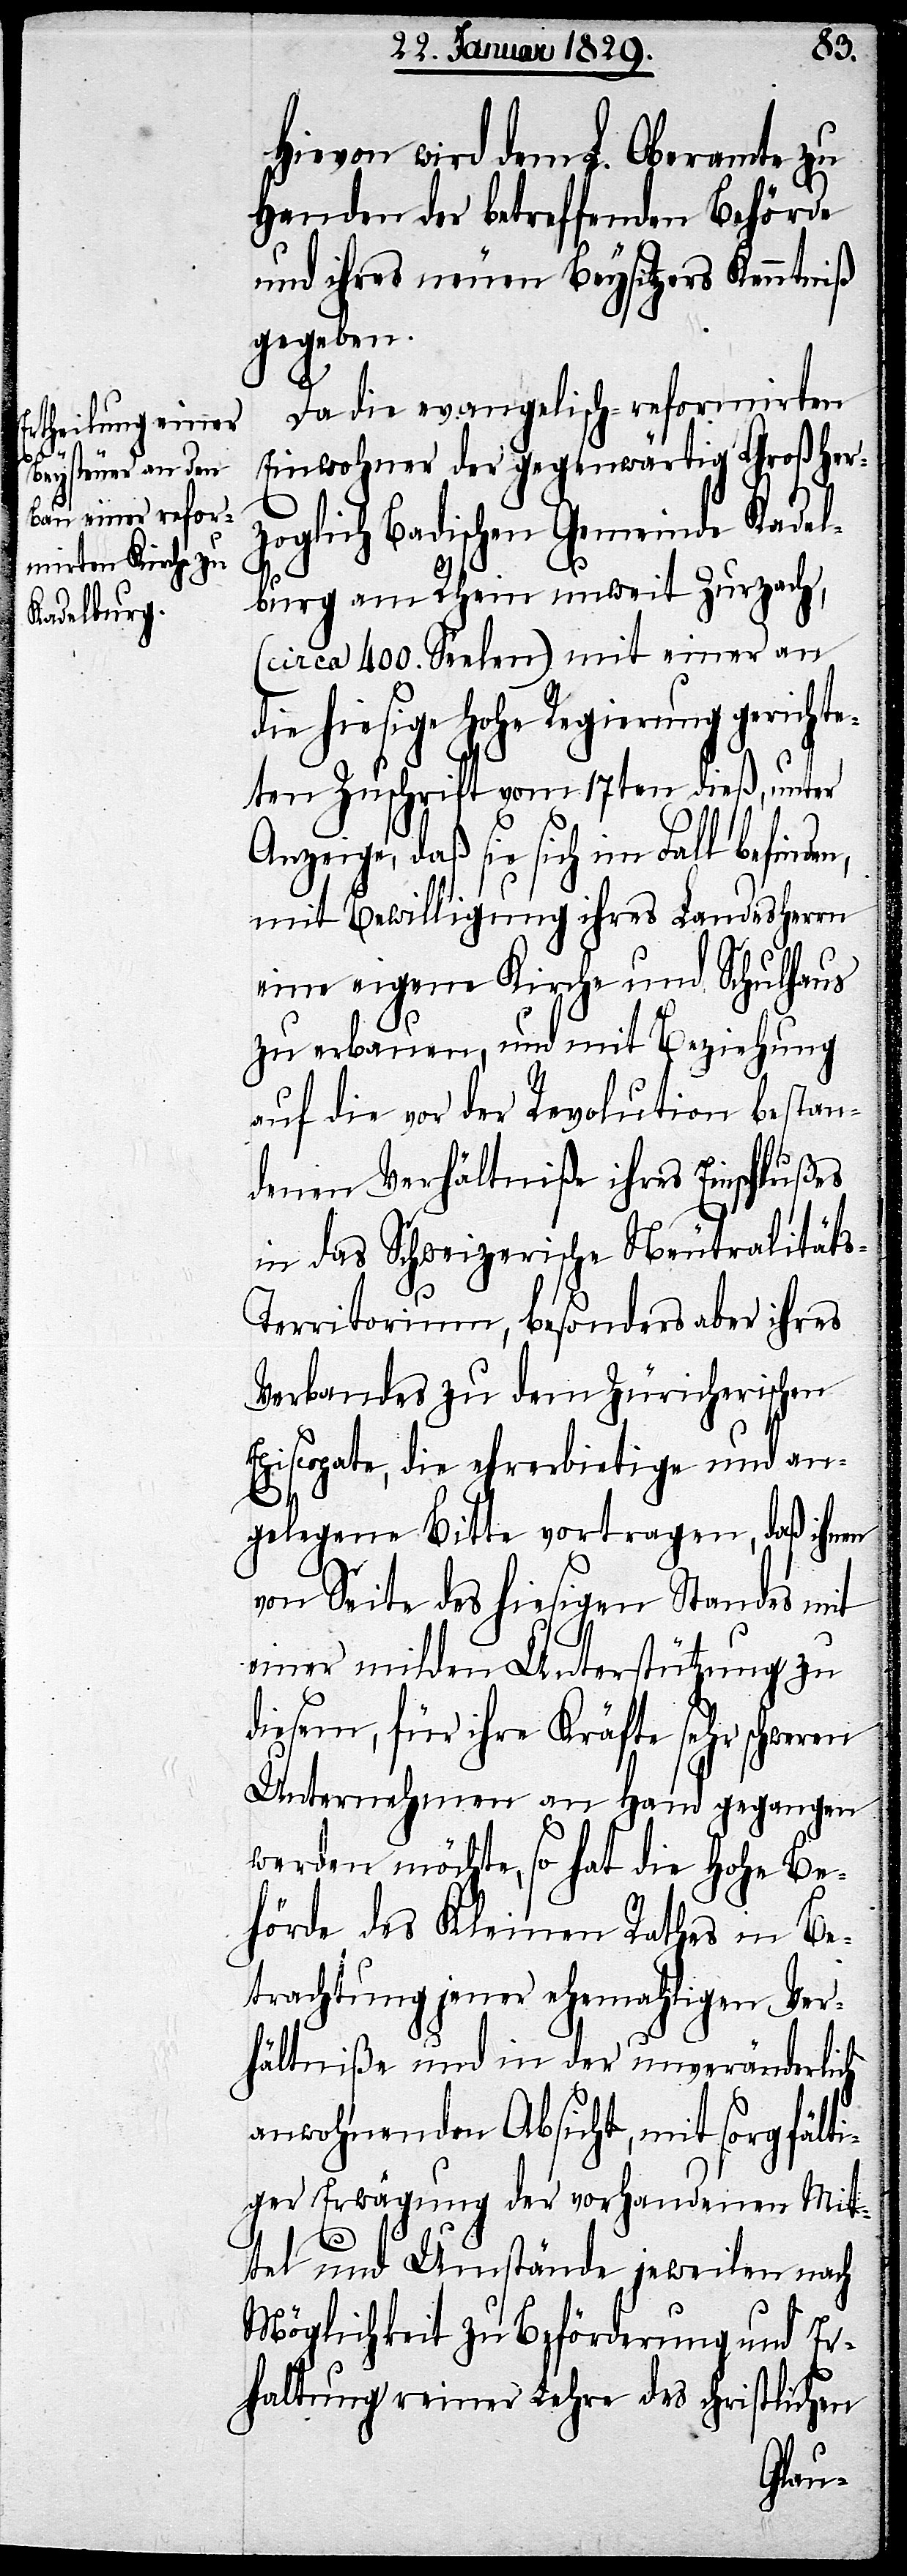
en,

Hievon wird dem L. Oberamte zu
Handen der betreffenden Behörde
und ihres neuen Beysitzers Kenntniß
gegeben.
Da die evangelisch-reformirten
Einwohner der gegenwärtigen Großher¬
zoglich Badischen Gemeinde Kadel¬
burg am Rhein unweit Zurzach,
(circa 400. Seelen) mit einer an
die hiesige Hohe Regierung gerichte¬
ten Zuschrift vom 17ten dieß, unter
Anzeige, daß sie sich im Fall befind¬
mit Bewilligung ihres Landesherrn
eine eigene Kirche und Schulhaus
zu erbauen, und mit Beziehung
auf die vor der Revolution bestan¬
denen Verhältniße ihres Einschlußes
in das Schweizerische Neutralität¬
s-Territorium, besonders aber ihres
Verbandes zu dem Züricherischen
Episcopate, die ehrerbietige und an¬
gelegene Bitte vortragen, daß ihnen
von Seite des hiesigen Standes mit
einer milden Unterstützung zu
diesem, für ihre Kräfte sehr schweren
Unternehmen an Hand gegangen
werden möchte, so hat die Hohe Be¬
hörde des Kleinen Rathes in Be¬
trachtung jener ehemahliger Ver¬
hältniße und in der unveränderlich
anwohnenden Absicht, mit sorgfälti¬
ger Erwägung der vorhandenen Mit¬
tel und Umstände jeweilen nach
Möglichkeit zu Beförderung und Er¬
haltung reiner Lehre des christlichen